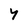
Character: Y